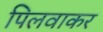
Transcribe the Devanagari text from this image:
पिलवाकर